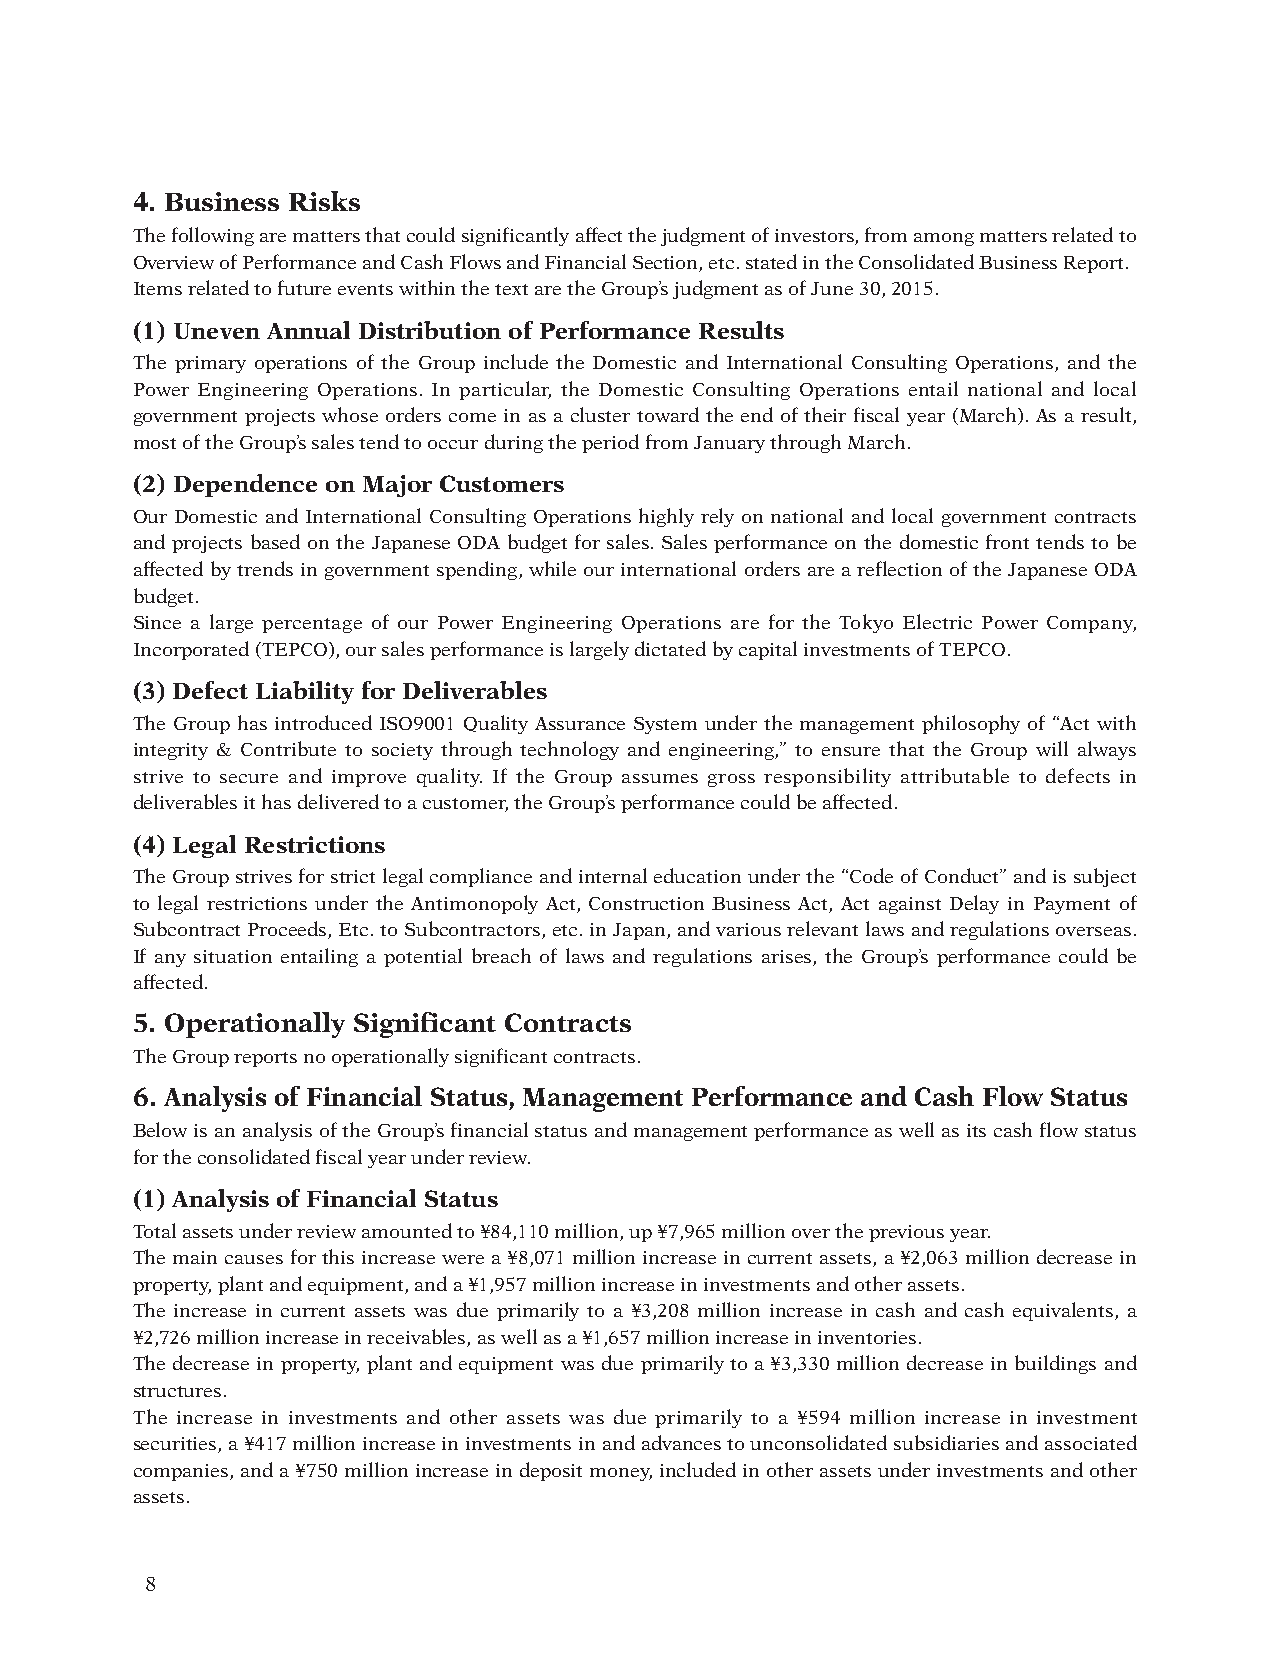
4. Business Risks
 The following are matters that could significantly affect the judgment of investors, from among matters related to
 Overview of Performance and Cash Flows and Financial Section, etc. stated in the Consolidated Business Report.
 Items related to future events within the text are the Group’s judgment as of June 30, 2015.
 (1) Uneven Annual Distribution of Performance Results
 The primary operations of the Group include the Domestic and International Consulting Operations, and the
 Power Engineering Operations. In particular, the Domestic Consulting Operations entail national and local
 government projects whose orders come in as a cluster toward the end of their fiscal year (March). As a result,
 most of the Group’s sales tend to occur during the period from January through March.
 (2) Dependence on Major Customers
 Our Domestic and International Consulting Operations highly rely on national and local government contracts
 and projects based on the Japanese ODA budget for sales. Sales performance on the domestic front tends to be
 affected by trends in government spending, while our international orders are a reflection of the Japanese ODA
 budget.
 Since a large percentage of our Power Engineering Operations are for the Tokyo Electric Power Company,
 Incorporated (TEPCO), our sales performance is largely dictated by capital investments of TEPCO.
 (3) Defect Liability for Deliverables
 The Group has introduced ISO9001 Quality Assurance System under the management philosophy of “Act with
 integrity & Contribute to society through technology and engineering,” to ensure that the Group will always
 strive to secure and improve quality. If the Group assumes gross responsibility attributable to defects in
 deliverables it has delivered to a customer, the Group’s performance could be affected.
 (4) Legal Restrictions
 The Group strives for strict legal compliance and internal education under the “Code of Conduct” and is subject
 to legal restrictions under the Antimonopoly Act, Construction Business Act, Act against Delay in Payment of
 Subcontract Proceeds, Etc. to Subcontractors, etc. in Japan, and various relevant laws and regulations overseas.
 If any situation entailing a potential breach of laws and regulations arises, the Group’s performance could be
 affected.
 5. Operationally Significant Contracts
 The Group reports no operationally significant contracts.
 6. Analysis of Financial Status, Management Performance and Cash Flow Status
 Below is an analysis of the Group’s financial status and management performance as well as its cash flow status
 for the consolidated fiscal year under review.
 (1) Analysis of Financial Status
 Total assets under review amounted to ¥84,110 million, up ¥7,965 million over the previous year.
 The main causes for this increase were a ¥8,071 million increase in current assets, a ¥2,063 million decrease in
 property, plant and equipment, and a ¥1,957 million increase in investments and other assets.
 The increase in current assets was due primarily to a ¥3,208 million increase in cash and cash equivalents, a
 ¥2,726 million increase in receivables, as well as a ¥1,657 million increase in inventories.
 The decrease in property, plant and equipment was due primarily to a ¥3,330 million decrease in buildings and
 structures.
 The increase in investments and other assets was due primarily to a ¥594 million increase in investment
 securities, a ¥417 million increase in investments in and advances to unconsolidated subsidiaries and associated
 companies, and a ¥750 million increase in deposit money, included in other assets under investments and other
 assets.
 8
 010_0612001372710.indd 8                                               2015/11/09 15:45:01